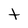
Character: t